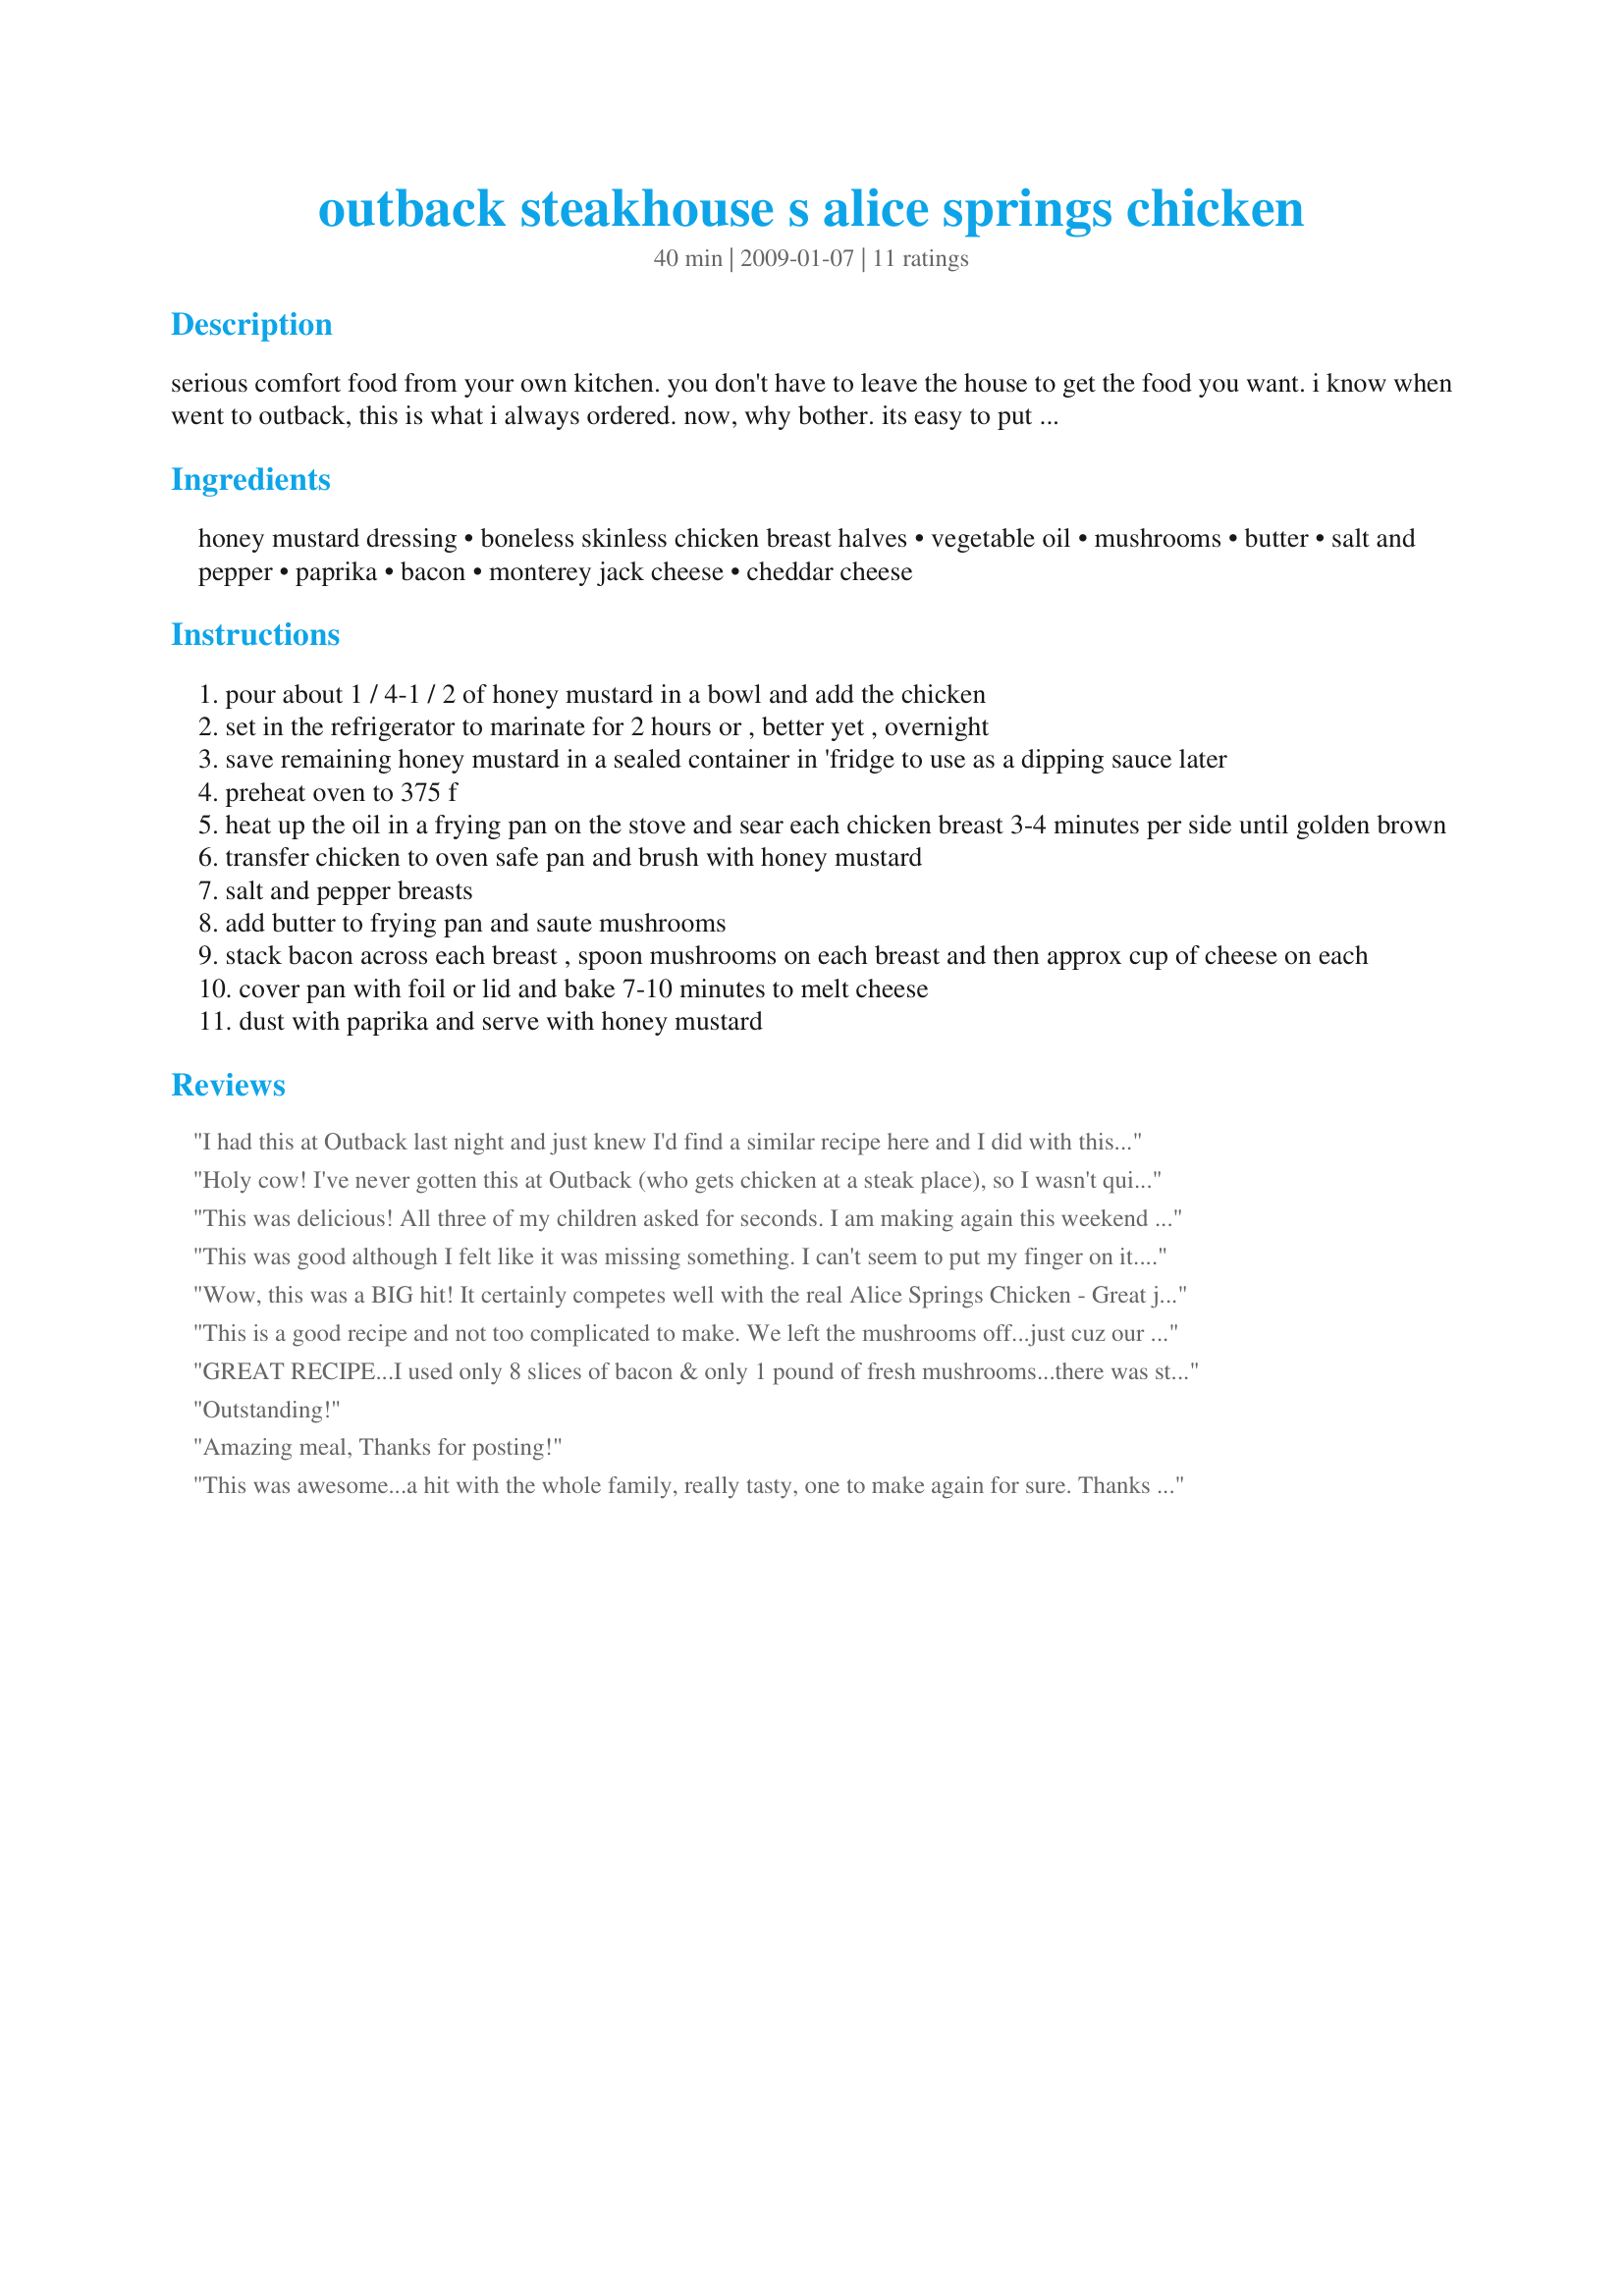
outback steakhouse s alice springs chicken
Preparation time: 40 minutes

serious comfort food from your own kitchen. you don't have to leave the house to get the food you want. i know when went to outback, this is what i always ordered. now, why bother. its easy to put together. sometimes i don't even bother marinating the chicken and its just as good. no gratuity please. save your money and fill your tummy.
prep time excludes marinating time.

Ingredients:
honey mustard dressing, boneless skinless chicken breast halves, vegetable oil, mushrooms, butter, salt and pepper, paprika, bacon, monterey jack cheese, cheddar cheese

Steps:
pour about 1 / 4-1 / 2 of honey mustard in a bowl and add the chicken
set in the refrigerator to marinate for 2 hours or , better yet , overnight
save remaining honey mustard in a sealed container in 'fridge to use as a dipping sauce later
preheat oven to 375 f
heat up the oil in a frying pan on the stove and sear each chicken breast 3-4 minutes per side until golden brown
transfer chicken to oven safe pan and brush with honey mustard
salt and pepper breasts
add butter to frying pan and saute mushrooms
stack bacon across each breast , spoon mushrooms on each breast and then approx cup of cheese on each
cover pan with foil or lid and bake 7-10 minutes to melt cheese
dust with paprika and serve with honey mustard

Reviews:
I had this at Outback last night and just knew I'd find a similar recipe here and I did with this recipe. Just absolutely wonderful and full of flavor. I actually liked this better because I used cheese that I love like Provolone and cheddar instead of the Monterey Jack. I also used recipe #373680 for the Honey Mustard which is much better than Outback. Thanks so much for sharing. Will be making this one again. Made for "Let's Party" 2011
Holy cow! I've never gotten this at Outback (who gets chicken at a steak place), so I wasn't quite sure about it. I'll just put it this way...my 2 year old ate everything and she usually just stares at her food. Highly, HIGHLY recommended.
This was delicious! All three of my children asked for seconds. I am making again this weekend for friends.
This was good although I felt like it was missing something. I can't seem to put my finger on it. I followed the recipe exact, except it needed an extra 10 minutes in the oven.
Wow, this was a BIG hit! It certainly competes well with the real Alice Springs Chicken - Great job Bay Laurel!! The only thing I will be doing differently next time is to slightly pre-fry the bacon prior to placing it on top of the chicken. We weren't fond of the limpness of the bacon. I tried broiling it towards the end for several minutes, hoping that it would crisp up the bacon a little, but the bacon remaind the same and the cheese crisped instead. Otherwise it was very tasty! Mmm Mmmm... I served it with Recipe #356174 and Recipe #10733. Made for PAC Spring 2009 :)
This is a good recipe and not too complicated to make. We left the mushrooms off...just cuz our kids don't like mushrooms...and it was still super yummy!
GREAT RECIPE...I used only 8 slices of bacon & only 1 pound of fresh mushrooms...there was still plenty of bacon & mushrooms to go around.
Outstanding!
Amazing meal, Thanks for posting!
This was awesome...a hit with the whole family, really tasty, one to make again for sure. Thanks for posting!
Wow this was really good taste just like Outbacks....VERY fulfilling.
